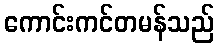
ကောင်းကင်တမန်သည်